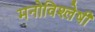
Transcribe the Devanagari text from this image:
मनोविश्लेषी